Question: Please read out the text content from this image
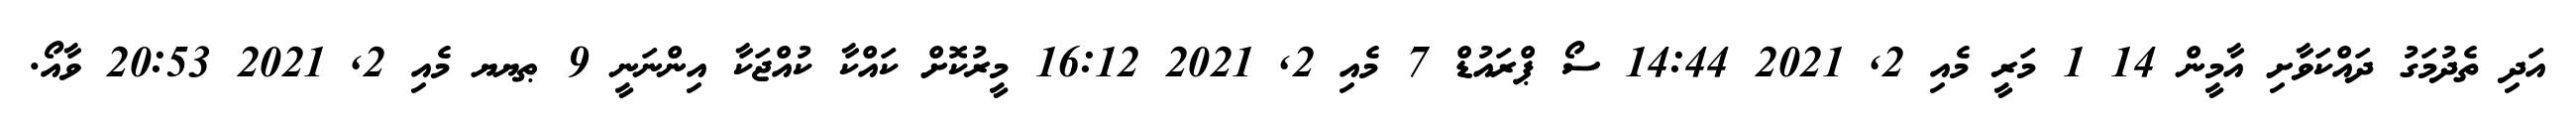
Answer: އަދި ތެދުމަގު ދައްކަވާށި އާމީން 14 1 މަރީ މެއި 2, 2021 14:44 ސޯ ޕްރައުޑް 7 މެއި 2, 2021 16:12 މީރުކޮށް ކައްކާ ކުއްޖަކާ އިންނަނީ 9 ޠޔޔ މެއި 2, 2021 20:53 ވާއޯ.